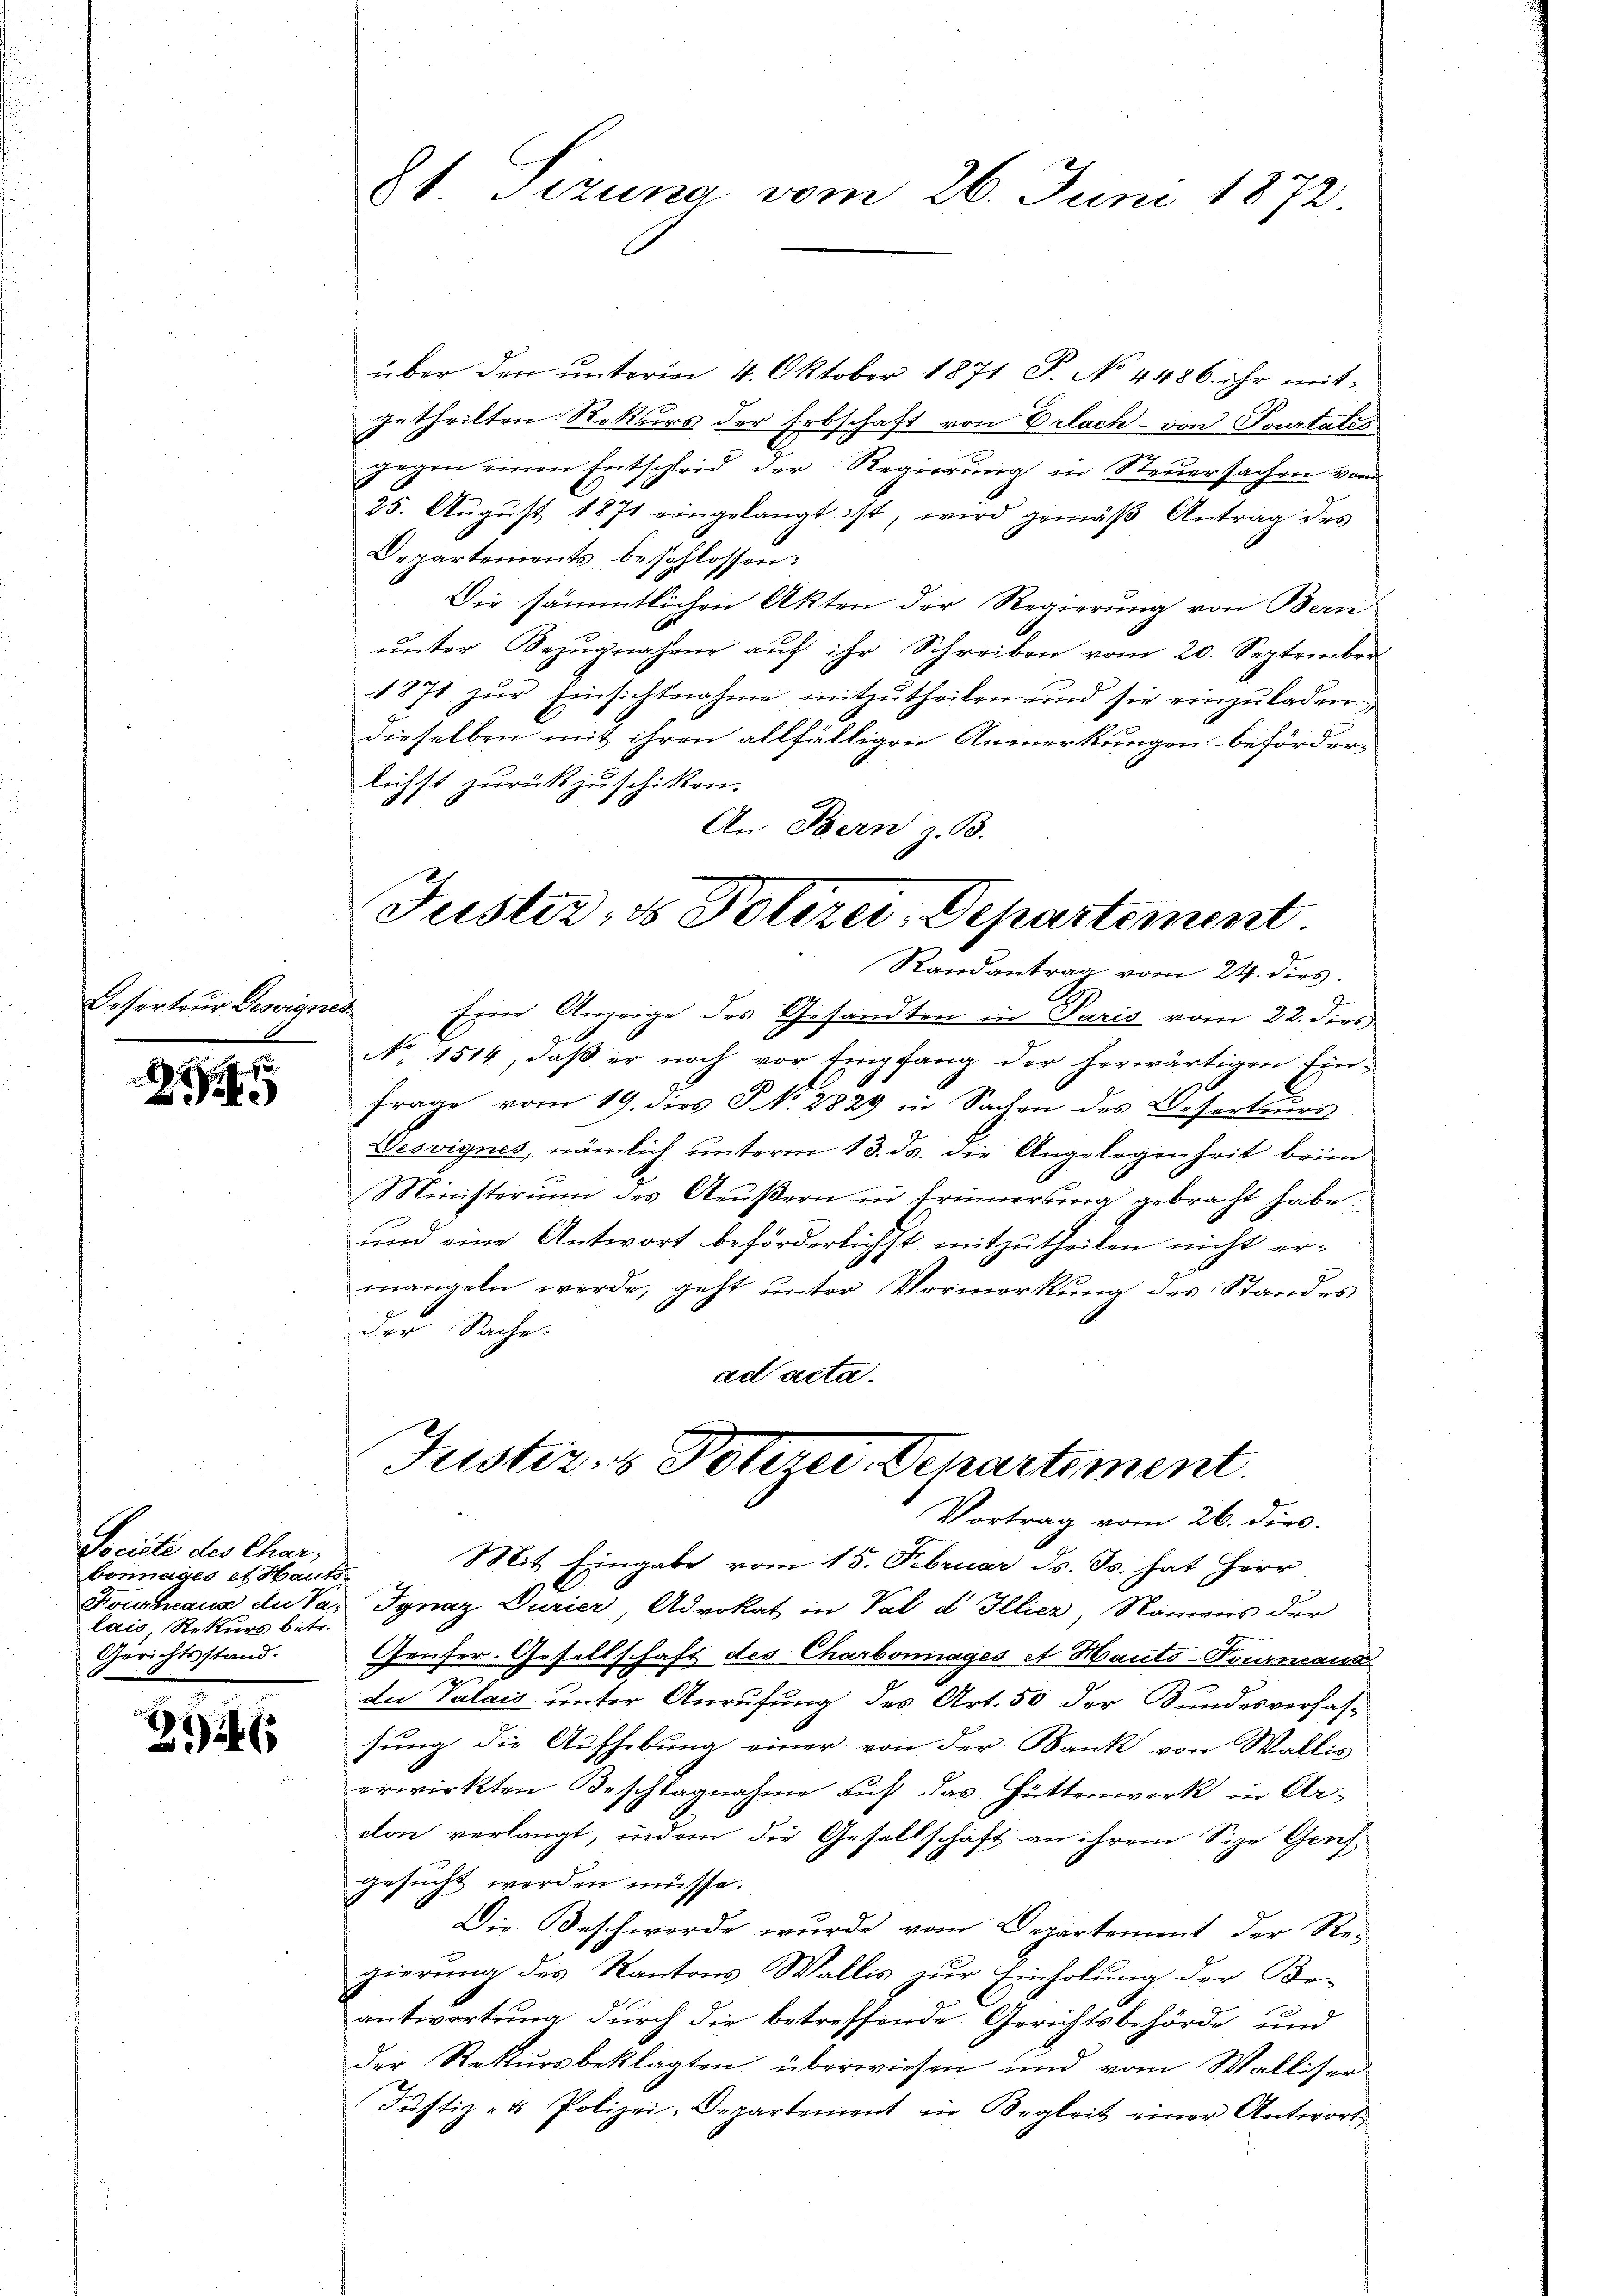
Deserteur Deswigr.

Di

Sociste des Char,
bosinages et Hauts
Fourheaus de Va-
lais, Rekurs betr.
Gerichtsstand.

2246

über den ŭnterm 4. Oktober 1871 S. No 4486. ihr mitgetheilten Rekurs der Erbschaft von Erlach - von Tourtatis
gegen einen Entscheid der Regierŭng in Steuersachen vom
25. Aŭgŭst 1871 eingelangt ist, wird gemäβ Antrag des
Departements beschlossen:
Die sämmtlichen Akten der Regierung von Bern
ŭnter Bezŭgnahme aŭf ihr Schreiben vom 20. September
1871 zur Einsichtnahme mitzutheilen und sie einzuladen,
dieselben mit ihren allfälligen Anmerkungen beförderlichst zurückzuschicken.
An Bern z. B.

No. 1514, daß er noch vor Empfang der herwärtigen Ein¬
Frage vom 19. dies S. 2829 in Sachen des Deserteurs
Wesvignes, nämlich unterm 13. ds. die Angelegenheit beim
Ministerium des Aeußern in Erinnerung gebracht habe.
und eine Antwort beförderlichst mitzutheilen nicht ermangeln werde, geht unter Vormerkung des Standes
der Sache.
ad acta.

2t Sizung vom 26. Juni 1872

Fuster, 1 Polizei, Departement.
Randantrag vom 24. dies
2
Eine Anzeige des Gesandten in Paris vom 22. dies

Justiz- & Peterer Departement.
Vortrag vom 26. dies.

Mit Eingabe vom 15. Februar ds. Js. hat Herr
Ignaz Durier, Advokat in Val d Illier, Namens der
Geuser Gesellschaft des Charbonnages et Hauts-Tournaud
du Valais unter Anrufung des Art. 50 der Bundesverfahhung die Aufhebung einer von der Bank von Wallis
erwirkten Beschlagnahme auf das Hüttenwerk in Ar-
don verlangt, indem die Gesellschaft an ihrem Size Genf
gesucht werden müsse.
Die Beschwerde wurde vom Departement der Re-
gierung des Kantons Wallis zur Einholung der Be-
antwortung durch die betreffende Gerichtsbehörde und
der Rekursbeklagten überwiesen und vom Walliser
Justiz- & Polizei-Departement in Begleit einer Antwort